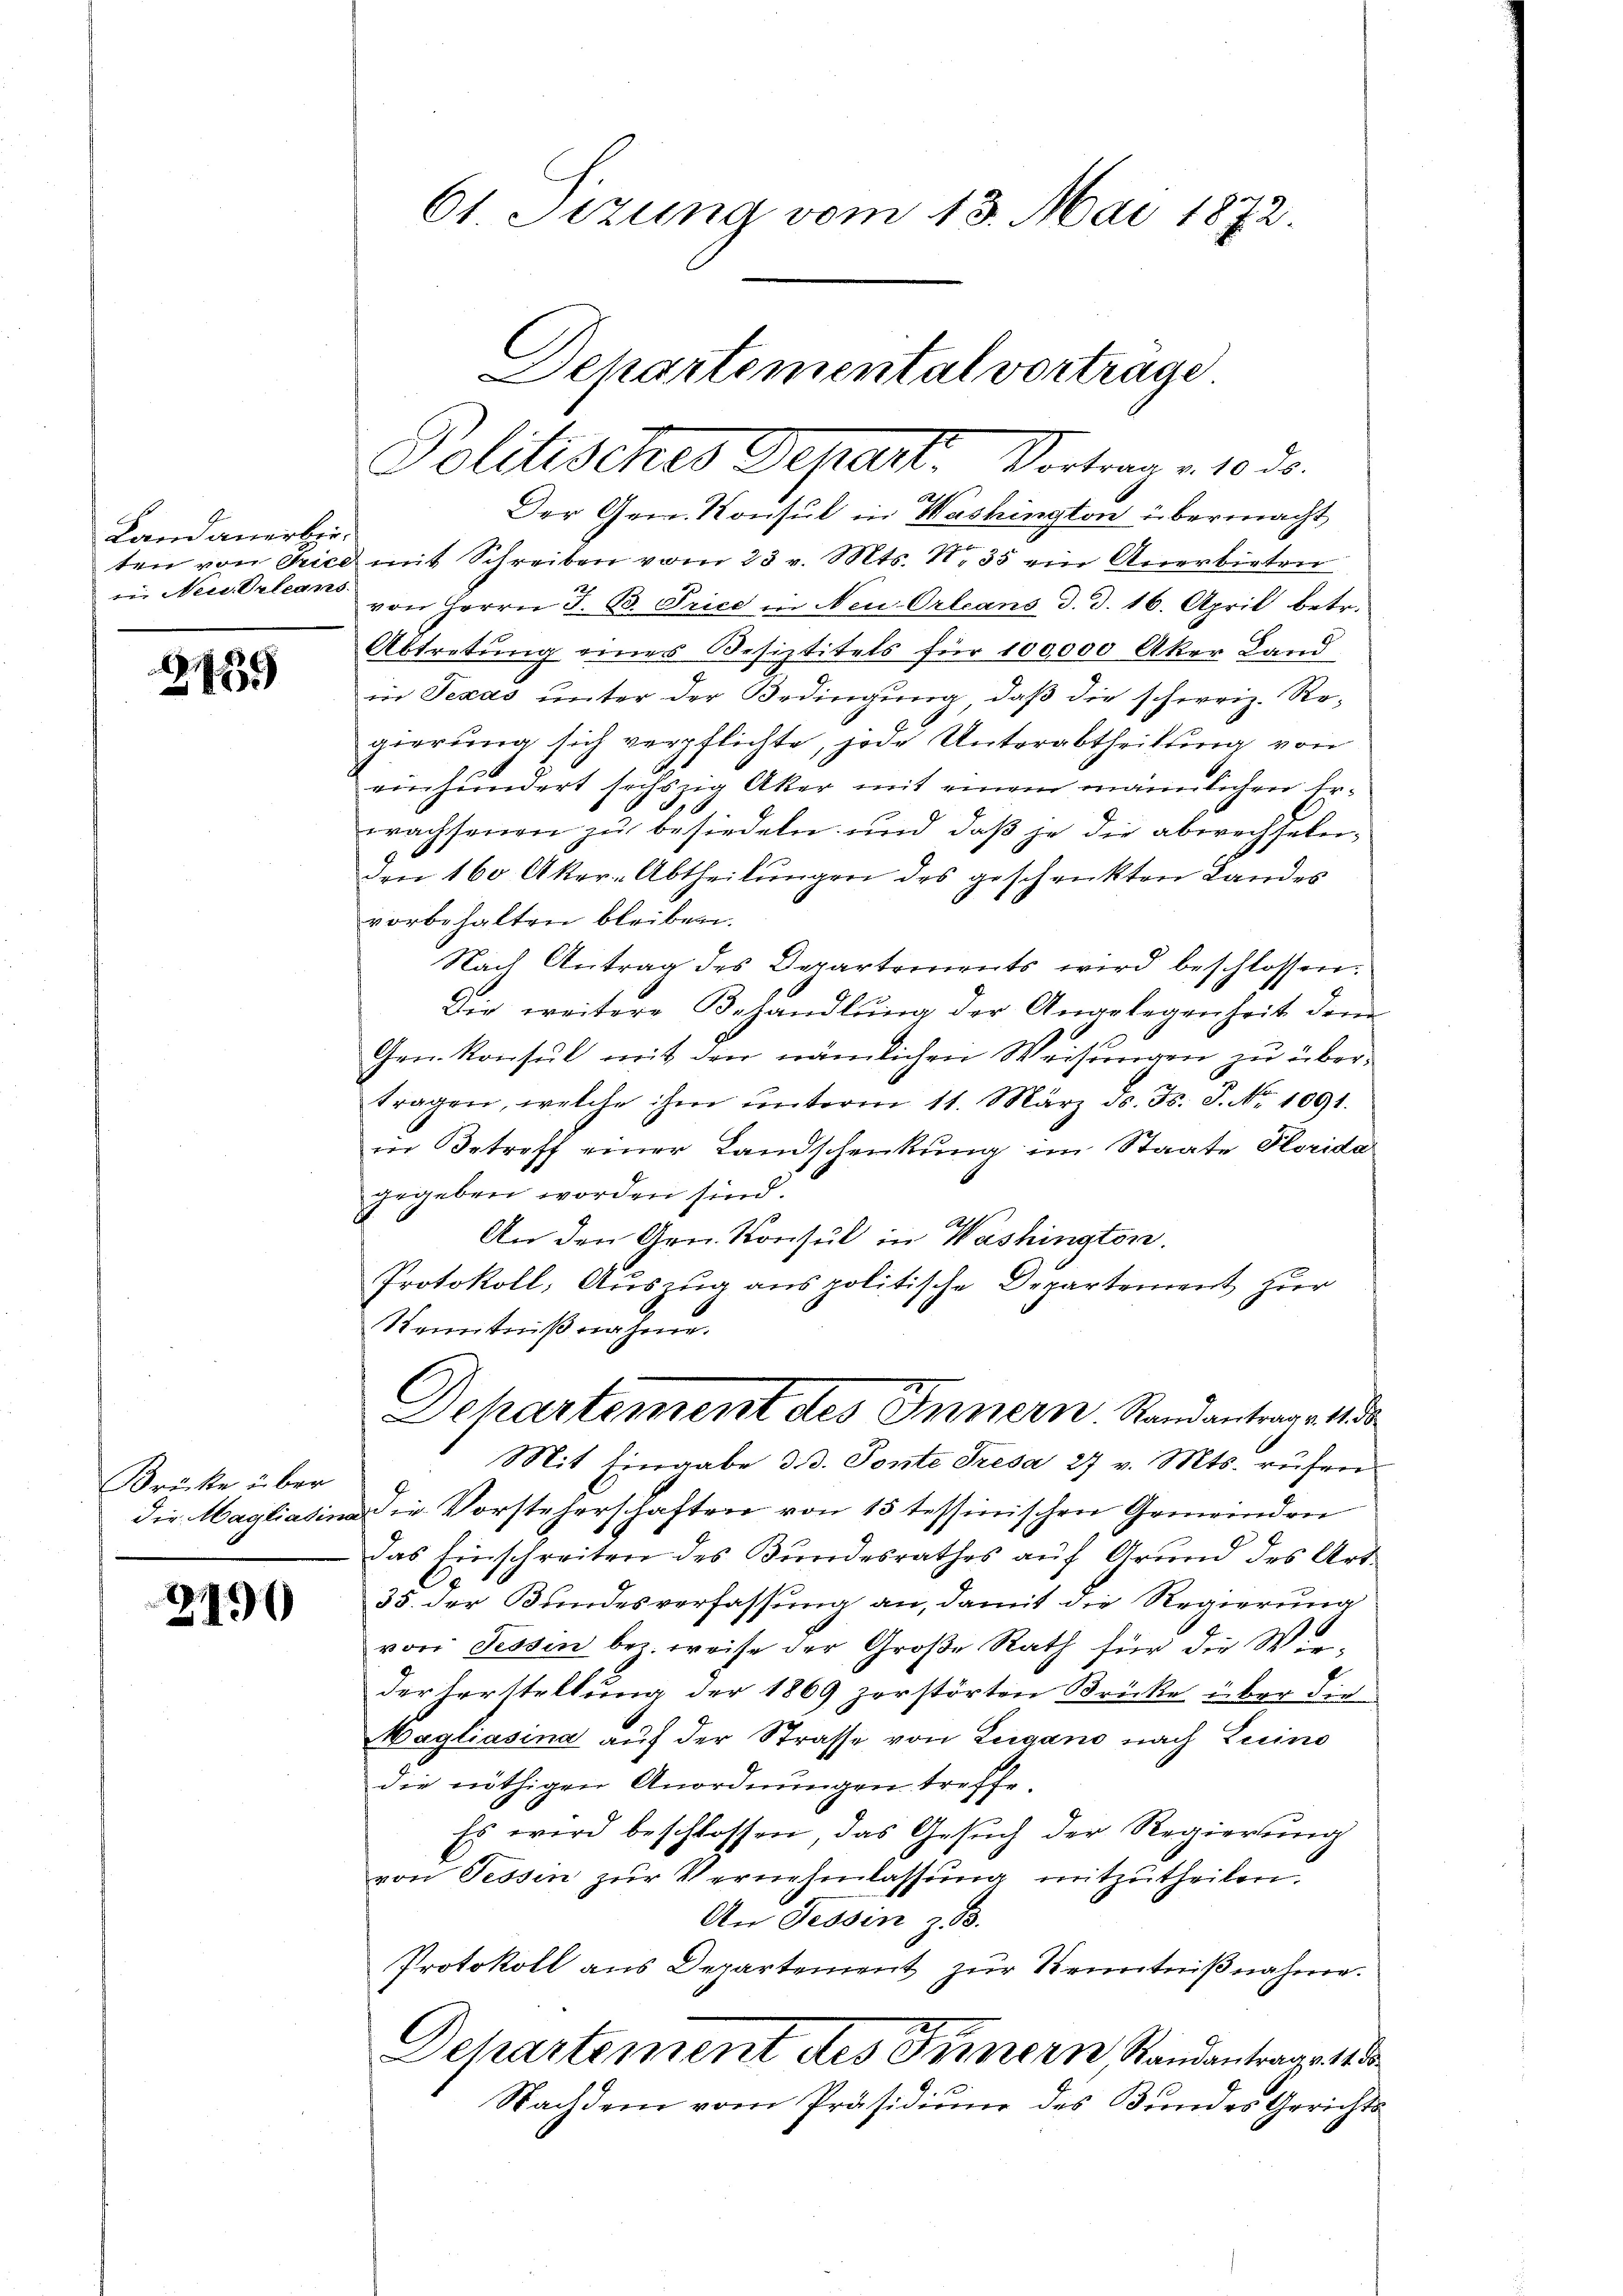
Landauerbieten von Trice
 Neu Orleans.

439

Krücke über

2190

61 Sizung vom 13. Mai 1872.

Departemental vortrage
Politisches Depart. Vortrag. 1030.

Der Gen. Konsul in Washington übermacht
mit Schreiben vom 23 v. Mts. No 35 ein Anerbieten
von Herrn J. B. Trice in Neu-Orleans d. d. 16. April betr.
Abtretung eines Besiztitels für 100,000 Aker Land
in Texas unter der Bedingung, daß die schweiz. Ro-
gierung sich verpflichte, jede Unterabtheilung von
einhundert sechszig Aker mit einem männlichen Erwachsenen zu besiedeln und daß je die abwechseln¬
Den 160 Aker-Abtheilŭngen des geschenkten Landes
vorbehalten bleiben.
Nach Antrag des Departements wird beschlossen:
Die weitere Behandlung der Angelegenheit dem
Gen. Konsul mit den nämlichen Weisungen zu übertragen, welche ihm ŭnterm 11. März d. Js. S. Nr. 1091.
in Betreff einer Landschenkung im Staate Horida
gegeben worden sind.
An den Gen. Konsul in Washington.
Protokoll, Auszug aus politische Departement zur
Kenntnißnahme.
Dekartement des Innern. Standantrage d
Mit Eingabe d. d. Ponte Tresa 27 v. Mts. rufen
die Magliatina die Vorsteherschaften von 15 tessinischen Gemeinden
das Einschreiten des Bŭndesrathes aŭf Grŭnd des Art
35. der Bundesverfassung an, damit die Regierung
von Tessin bez. weise der Große Rath für die Wie-
der Herstellung der 1869 zerstörten Brücke über die
Magliasina auf der Strasse von Lugano nach Luino
die nöthigen Anordnŭngen treffe.
Es wird beschlossen, das Gesuch der Regierung
von Tessin zŭr Vernehmlassŭng mitzŭtheilen.
An Tessin z. B.
Protokoll aus Departement zur Kenntniβnahme.
Dehartement des Fernern Standantraget
Nachdem vom Präsidium des Bundes Gerichts¬